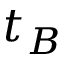
t _ { B }